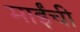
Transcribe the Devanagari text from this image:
माईंची